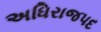
અધિરાજપદ